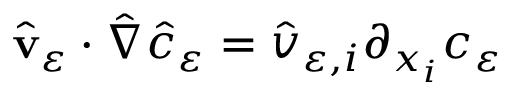
\hat { \mathbf v } _ { \varepsilon } \cdot { \hat { \nabla } } \hat { c } _ { \varepsilon } = \hat { v } _ { \varepsilon , i } \partial _ { x _ { i } } c _ { \varepsilon }